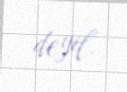
deyil.